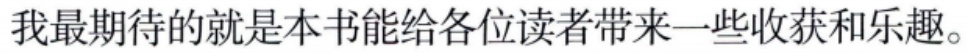
我最期待的就是本书能给各位读者带来一些收获和乐趣。